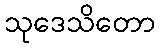
သုဒေသိတော